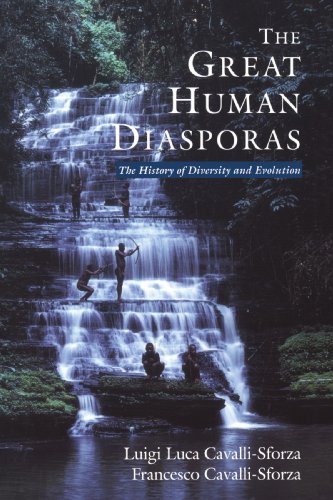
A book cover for The Great Human Diasporas: The History Of Diversity and Evolution; Luigi Luca Cavalli-Sforza; Science & Math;